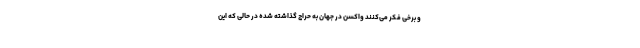
و برخی فکر می‌کنند واکسن در جهان به حراج گذاشته شده در حالی که این